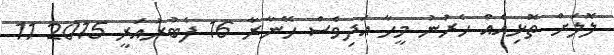
ލޮލަށް ތޮޅިއެއް ހެރުނު މީހާ އަދިވެސް ހޭނާރާ 16 ފެބުރުއަރީ 2015 11